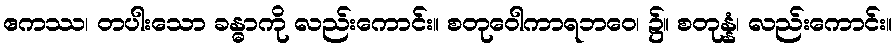
ဧကဿ၊ တပါးသော ခန္ဓာကို လည်းကောင်း။ စတုဝေါကာရဘဝေ၊ ၌။ စတုန္နံ၊ လည်းကောင်း။